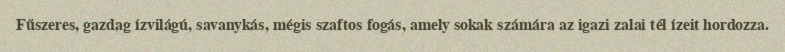
Fűszeres, gazdag ízvilágú, savanykás, mégis szaftos fogás, amely sokak számára az igazi zalai tél ízeit hordozza.